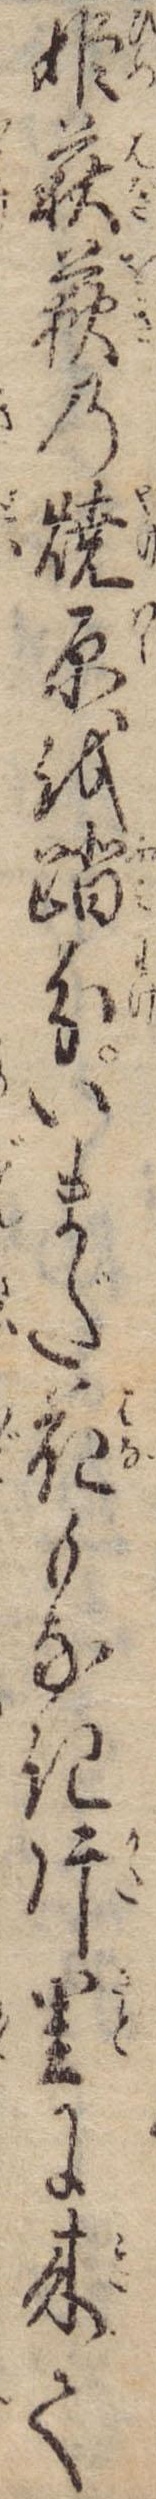
姫萩荻の焼原を踏分いまだ花もなき片里に来て